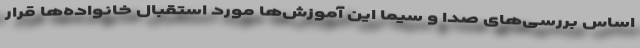
اساس بررسی‌های صدا و سیما این آموزش‌ها مورد استقبال خانواده‌ها قرار